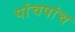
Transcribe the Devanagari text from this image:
पांचपांच